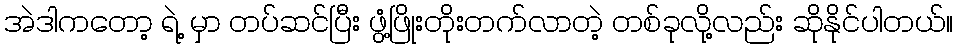
အဲဒါကတော့ ရဲ့ မှာ တပ်ဆင်ပြီး ဖွံ့ဖြိုးတိုးတက်လာတဲ့ တစ်ခုလို့လည်း ဆိုနိုင်ပါတယ်။